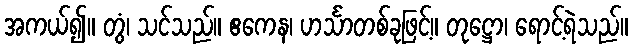
အကယ်၍။ တွံ၊ သင်သည်။ ဧကေန၊ ဟင်္သာတစ်ခုဖြင့်။ တုဋ္ဌော၊ ရောင့်ရဲသည်။